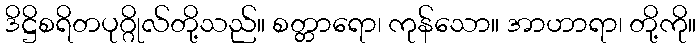
ဒိဋ္ဌိစရိတပုဂ္ဂိုလ်တို့သည်။ စတ္တာရော၊ ကုန်သော။ အာဟာရာ၊ တို့ကို။